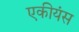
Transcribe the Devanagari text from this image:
एकीयंस